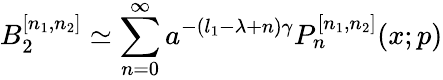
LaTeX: B_{2}^{[n_{1},n_{2}]}\simeq\sum_{n=0}^{\infty}a^{-(l_{1}-\lambda+n)\gamma}P_{n}^{[n_{1},n_{2}]}(x;p)